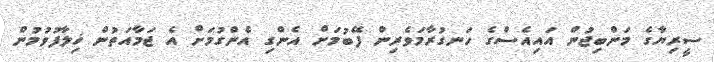
ސީރިޔާގެ މަންބިޖުން އައިއެސްގެ ހަނގުރާމަވެރިން ފޭބުމަށް އެންގި އެންގުމަށް އެ ޖަމާއަތުން ޚިލާފުވުމުން